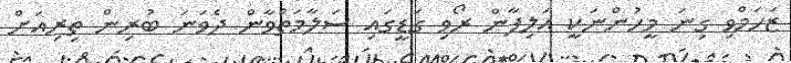
ޒަހަމްވި ގިނަ މީހުންނަކީ އަލިފާން ރޯވި ގަޑީގައި ސަލާމަތްވާން ދެވަނަ ބުރިން ތިރިއަށް